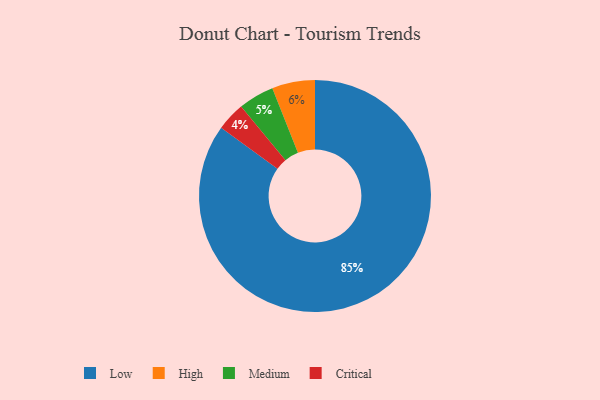
{"axis": {"x": "Category", "y": "Percentage"}, "legend": ["Critical", "High", "Low", "Medium"], "data": [{"x": "High", "y": 6, "type": "High"}, {"x": "Medium", "y": 5, "type": "Medium"}, {"x": "Critical", "y": 4, "type": "Critical"}, {"x": "Low", "y": 85, "type": "Low"}]}